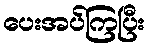
ပေးအပ်ကြပြီး